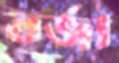
তর্জা